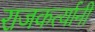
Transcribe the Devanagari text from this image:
राजकर्त्यानी